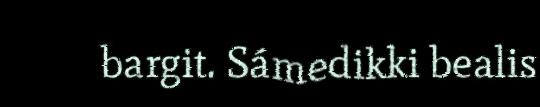
bargit. Sámedikki bealis